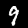
Label: 9